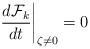
LaTeX: \begin{align*}\left. \frac{d {\cal F}_k}{d t}\right|_{\zeta \neq 0}=0 \end{align*}